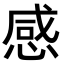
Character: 感